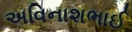
અવિનાશભાઈ